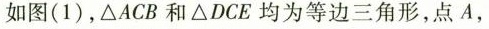
如图(1)，△ACB和△DCE均为等边三角形，点A，